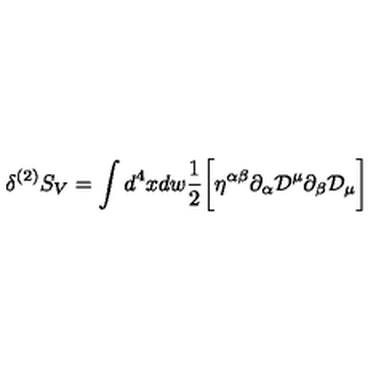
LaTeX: \delta ^ { ( 2 ) } S _ { V } = \int d ^ { 4 } x d w \frac { 1 } { 2 } \biggl [ \eta ^ { \alpha \beta } \partial _ { \alpha } { \cal D } ^ { \mu } \partial _ { \beta } { \cal D } _ { \mu } \biggr ]